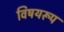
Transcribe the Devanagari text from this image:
विषयरूप